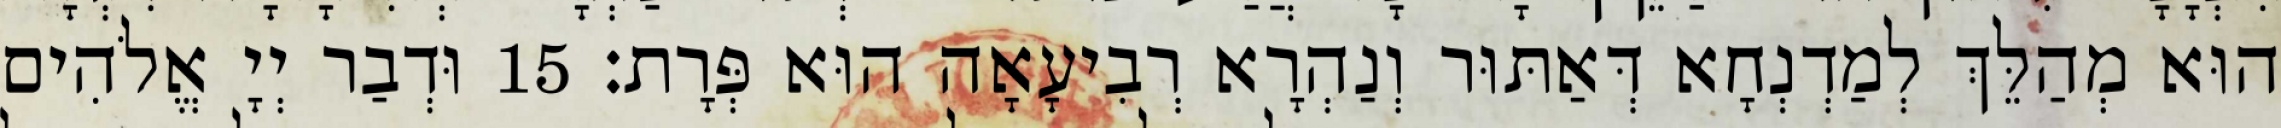
הוּא מְהַלֵּךְ לְמַדְנְחָא דְּאַתּוּר וְנַהְרָא רְבִיעָאָה הוּא פְּרָת׃ 15 וּדְבַר יְיָ אֱלֹהִים